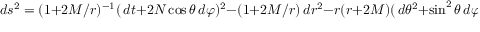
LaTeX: d s ^ { 2 } = ( 1 + 2 M / r ) ^ { - 1 } ( \, d t + 2 N \cos \theta \, d \varphi ) ^ { 2 } - ( 1 + 2 M / r ) \, d r ^ { 2 } - r ( r + 2 M ) ( \, d \theta ^ { 2 } + \sin ^ { 2 } \theta \, d \varphi ^ { 2 } ) \, .